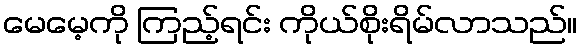
မေမေ့ကို ကြည့်ရင်း ကိုယ်စိုးရိမ်လာသည်။